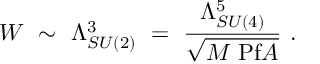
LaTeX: W ~ \sim ~ \Lambda _ { S U ( 2 ) } ^ { 3 } ~ = ~ { \frac { \Lambda _ { S U ( 4 ) } ^ { 5 } } { \sqrt { M ~ \mathrm { P f } A } } } ~ .